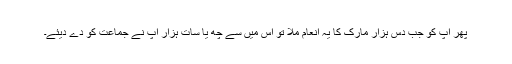
پھر آپ کو جب دس ہزار مارک کا یہ انعام ملا تو اس میں سے چھ یا سات ہزار آپ نے جماعت کو دے دیئے۔